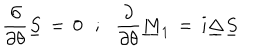
LaTeX: { \frac { \partial } { \partial \theta } } \underline { { S } } \, = \, 0 \, \, \, \, ; \, \, \, \, { \frac { \partial } { \partial \theta } } \underline { { M } } _ { 1 } \, = \, i \underline { { \Delta } } \underline { { S } }